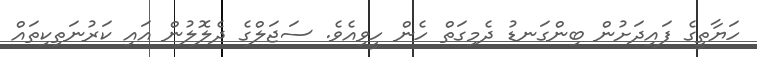
ހަޔާތީގެ ފައިދަށުން ބިންގަނޑު ދެމިގަތް ހެން ހީވިއެވެ. ސަޖަލްގެ ދެލޮލުން އައި ކަރުނަތިކިތައް